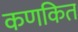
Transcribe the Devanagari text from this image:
कणकित